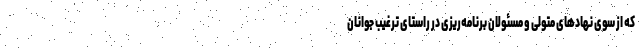
که‌ از سوی نهادهای متولی و مسئولان برنامه‌ریزی در راستای ترغیب جوانان